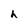
Character: h